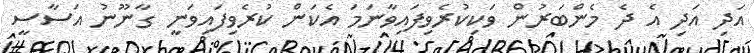
އަދި އަދި އެ ދެ މެންބަރުން ވަކިކުރެވިފައިވާނަމަ އެކަން ކުރެވިފައިވަނީ ގާނޫނު އަސާސީ